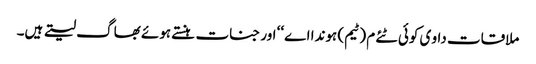
ملاقات داو ی کوئی ٹئے م (ٹیم) ہوندا اے‘‘ اور جنات ہنستے ہوئے بھاگ لیتے ہیں۔